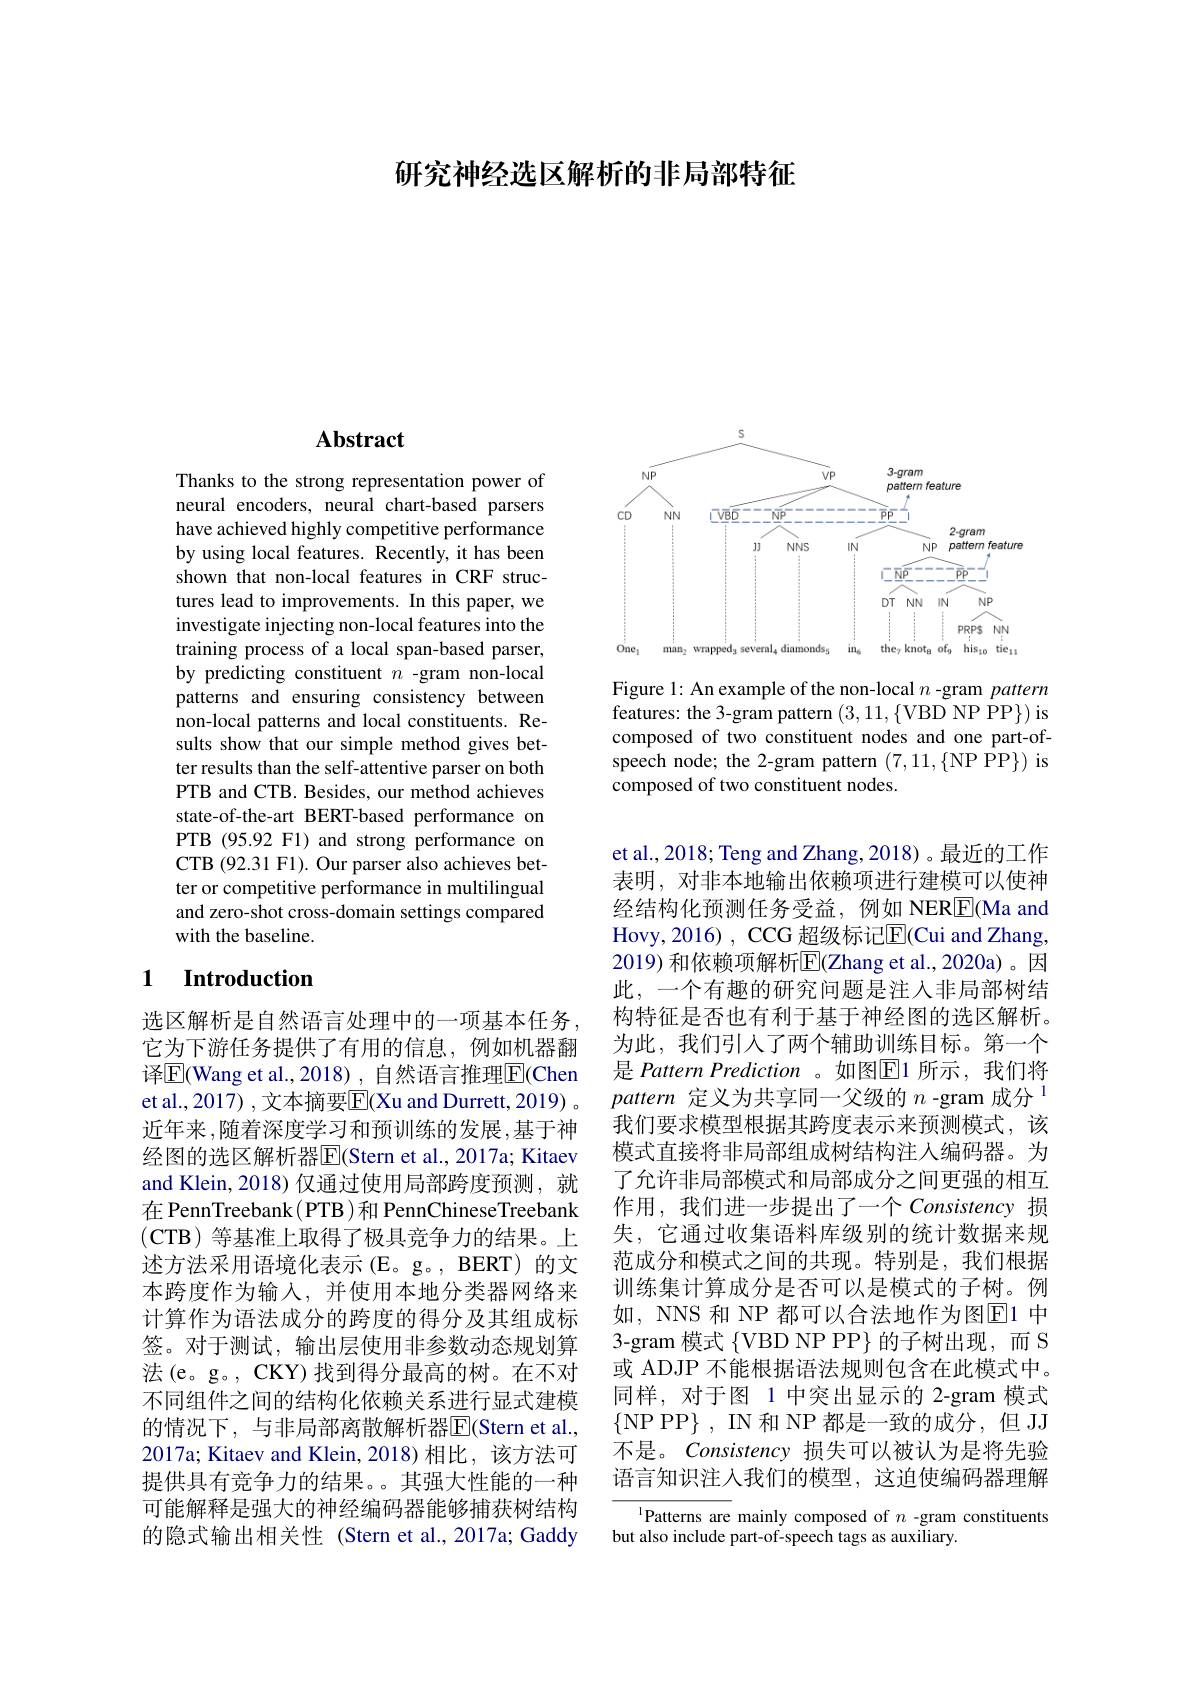
研究神经选区解析的非局部特征

## $\mathbf{Abstract}$

Thanks to the strong representation power of neural encoders, neural chart-based parsers have achieved highly competitive performance by using local features. Recently, it has been shown that non-local features in CRF structures lead to improvements. In this paper, we investigate injecting non-local features into the training process of a local span-based parser, by predicting constituent $n$ -gram non-local patterns and ensuring consistency between non-local patterns and local constituents. Results show that our simple method gives better results than the self-attentive parser on both PTB and CTB. Besides, our method achieves state-of-the-art BERT-based performance on PTB (95.92 F1) and strong performance on CTB (92.31 F1). Our parser also achieves better or competitive performance in multilingual and zero-shot cross-domain settings compared with the baseline.

## 1 Introduction

选区解析是自然语言处理中的一项基本任务它为下游任务提供了有用的信息，例如机器翻译$\overline{\mathrm{E}}$(Wang et al.,2018), 自然语言推理$\overline{\mathrm{E}}$(Chen et al., 2017) , 文本摘要$\overline{\mathrm{E}}($Xu and Durrett, 2019) 。近年来，随着深度学习和预训练的发展，基于神经图的选区解析器$\overline{\mathrm{E}}($Stern et al., 2017a; Kitaev and Klein,2018)仅通过使用局部跨度预测，就在 PennTreebank( PTB )和 PennChineseTreebank (CTB)等基准上取得了极具竞争力的结果。上述方法采用语境化表示(E。g。,BERT)的文本跨度作为输入，并使用本地分类器网络来计算作为语法成分的跨度的得分及其组成标签。对于测试，输出层使用非参数动态规划算法(e。g。, CKY) 找到得分最高的树。在不对不同组件之间的结构化依赖关系进行显式建模的情况下，与非局部离散解析器$\overline{\mathrm{E}}($Stern et al. 2017a; Kitaev and Klein, 2018)相比，该方法可提供具有竞争力的结果。。其强大性能的一种可能解释是强大的神经编码器能够捕获树结构的隐式输出相关性(Stern et al.,2017a; Gaddy

<FigureHere>

Figure 1: An example of the non-local $n$ -gram pattern features: the 3- gram pattern $( 3, 11, \{$VBD NP PP$\} )$ is composed of two constituent nodes and one part- ofspeech node; the 2-gram pattern $( 7, 11, \{$NP PP$\} )$ is composed of two constituent nodes.

et al., 2018; Teng and Zhang, 2018) 。最近的工作表明，对非本地输出依赖项进行建模可以使神经结构化预测任务受益，例如 NER$\boxed{\mathrm{F}}($Ma and Hovy, 2016) , CCG 超级标记$\overline{\mathrm{E}}$(Cui and Zhang, 2019) 和依赖项解析$\overline{\mathrm{E}}($Zhang et al.,2020a)。因此，一个有趣的研究问题是注人非局部树结构特征是否也有利于基于神经图的选区解析。为此，我们引入了两个辅助训练目标。第一个是 Pattern Prediction 。如图E1 所示，我们将pattern定义为共享同一父级的$n\text{-gram 成分}^1$ 我们要求模型根据其跨度表示来预测模式，该模式直接将非局部组成树结构注入编码器。为了允许非局部模式和局部成分之间更强的相互作用，我们进一步提出了一个 Consistency 损失，它通过收集语料库级别的统计数据来规范成分和模式之间的共现。特别是，我们根据训练集计算成分是否可以是模式的子树。例如，NNS 和 NP 都可以合法地作为图$\overline{\mathrm{E}}$1 中3-gram 模式 {VBD NP PP} 的子树出现，而 S 或 ADJP 不能根据语法规则包含在此模式中。同样，对于图 1 中突出显示的 2-gram 模式$\{$NP PP$\}$, IN 和 NP 都是一致的成分，但 JJ 不是。Consistency 损失可以被认为是将先验语言知识注人我们的模型，这迫使编码器理解

Patterns are mainly composed of $n$ -gram constituents
but also include part-of-speech tags as auxiliary.